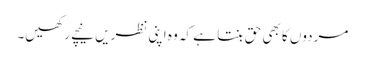
مردوں کا بھی حق بنتا ہے کہ وہ اپنی نظریں نیچے رکھیں۔